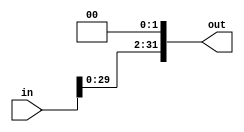

module shiftleft2_32_32 (input wire [31:0] in, output wire [31:0] out);

    assign out = in << 2;

endmodule